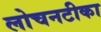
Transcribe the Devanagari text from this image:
लोचनटीका